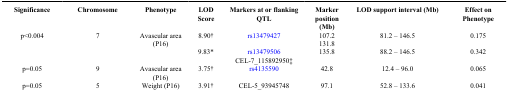
<table><thead><tr><td><b>Significance</b></td><td><b>Chromosome</b></td><td><b>Phenotype</b></td><td><b>LOD Score</b></td><td><b>Markers at or flanking QTL</b></td><td><b>Marker position (Mb)</b></td><td><b>LOD support interval (Mb)</b></td><td><b>Effect on Phenotype</b></td></tr></thead><tbody><tr><td>p&lt;0.004</td><td>7</td><td>Avascular area (P16)</td><td>8.90<sup>†</sup></td><td>rs13479427</td><td>107.2 131.8</td><td>81.2 – 146.5</td><td>0.175</td></tr><tr><td> </td><td> </td><td> </td><td>9.83*</td><td>rs13479506 CEL-7_115892950‡</td><td>135.8</td><td>88.2 – 146.5</td><td>0.342</td></tr><tr><td>p=0.05</td><td>9</td><td>Avascular area (P16)</td><td>3.75<sup>†</sup></td><td>rs4135590</td><td>42.8</td><td>12.4 – 96.0</td><td>0.065</td></tr><tr><td>p=0.05</td><td>5</td><td>Weight (P16)</td><td>3.91<sup>†</sup></td><td>CEL-5_93945748</td><td>97.1</td><td>52.8 – 133.6</td><td>0.041</td></tr></tbody></table>